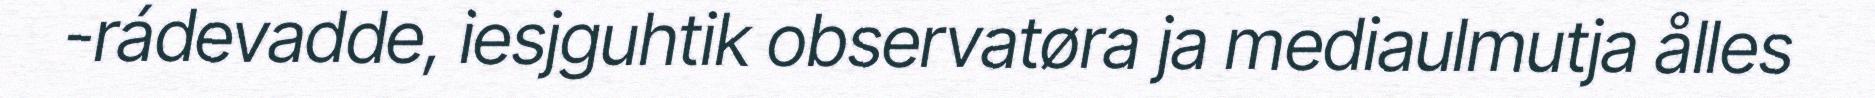
-rádevadde, iesjguhtik observatøra ja mediaulmutja ålles